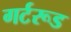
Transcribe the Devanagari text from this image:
गर्टरूड